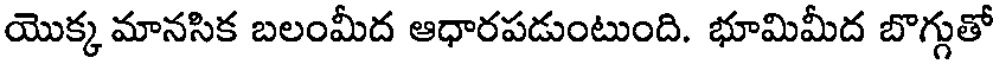
యొక్క మానసిక బలంమీద ఆధారపడుంటుంది. భూమిమీద బొగ్గుతో